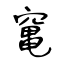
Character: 𥧄